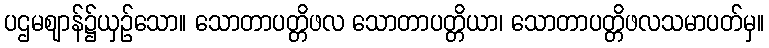
ပဌမဈာန်၌ယှဉ်သော။ သောတာပတ္တိဖလ သောတာပတ္တိယာ၊ သောတာပတ္တိဖလသမာပတ်မှ။